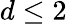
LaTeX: d\leq 2